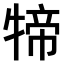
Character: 𤚢